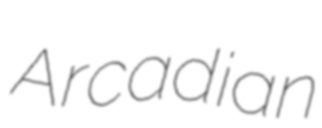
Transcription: Arcadian